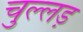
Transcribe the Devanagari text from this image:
चुल्लड़